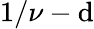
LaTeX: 1/\nu-\mathrm{d}